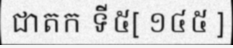
ជាតក ទី៥[ ១៤៥ ]